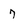
Character: 7